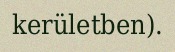
kerületben).